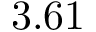
3 . 6 1